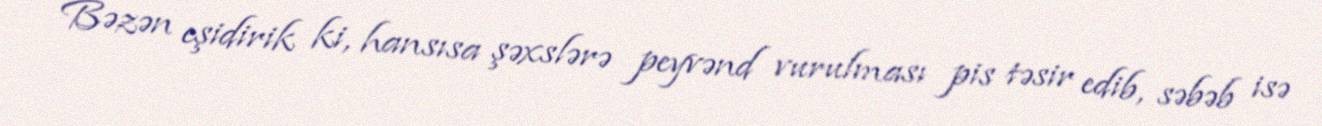
Bəzən eşidirik ki, hansısa şəxslərə peyvənd vurulması pis təsir edib, səbəb isə